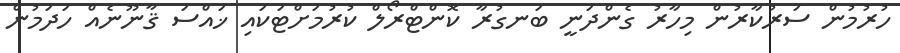
ހުރުމުން ސަރުކާރުން މިހާރު ގެންދަނީ ބަނގުރާ ކޮންޓްރޯލް ކުރުމަށްޓަކައި ޚައްސަ ޤާނޫނެއް ހަދަމުން